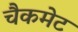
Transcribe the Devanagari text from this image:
चैकमेट